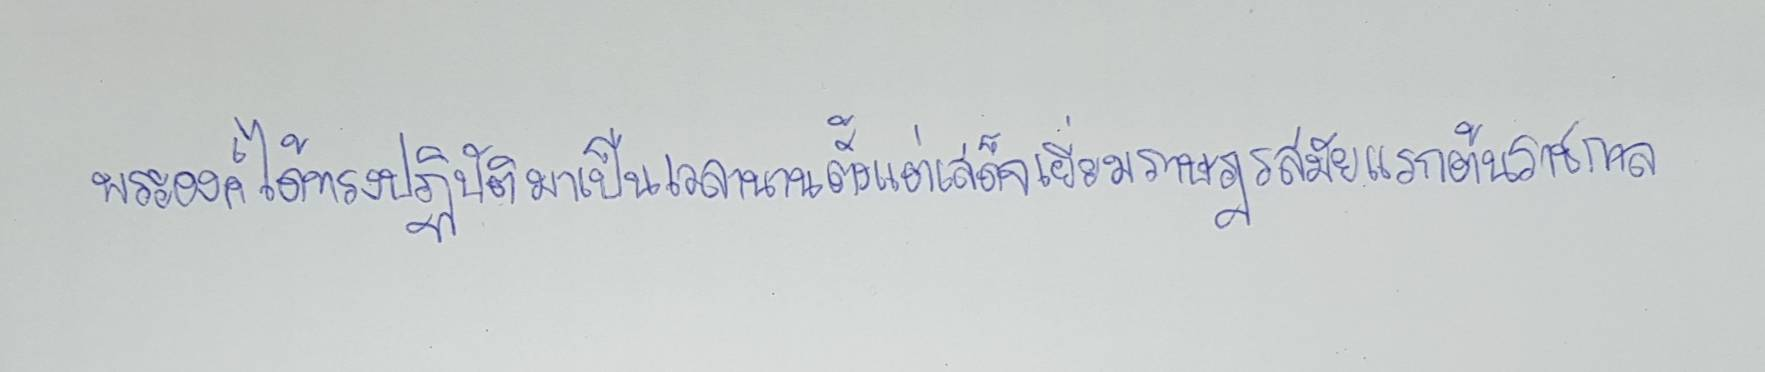
พระองค์ได้ทรงปฏิบัติมาเป็นเวลานานตั้งแต่เสด็จเยี่ยมราษฎรสมัยแรกต้นราชกาล